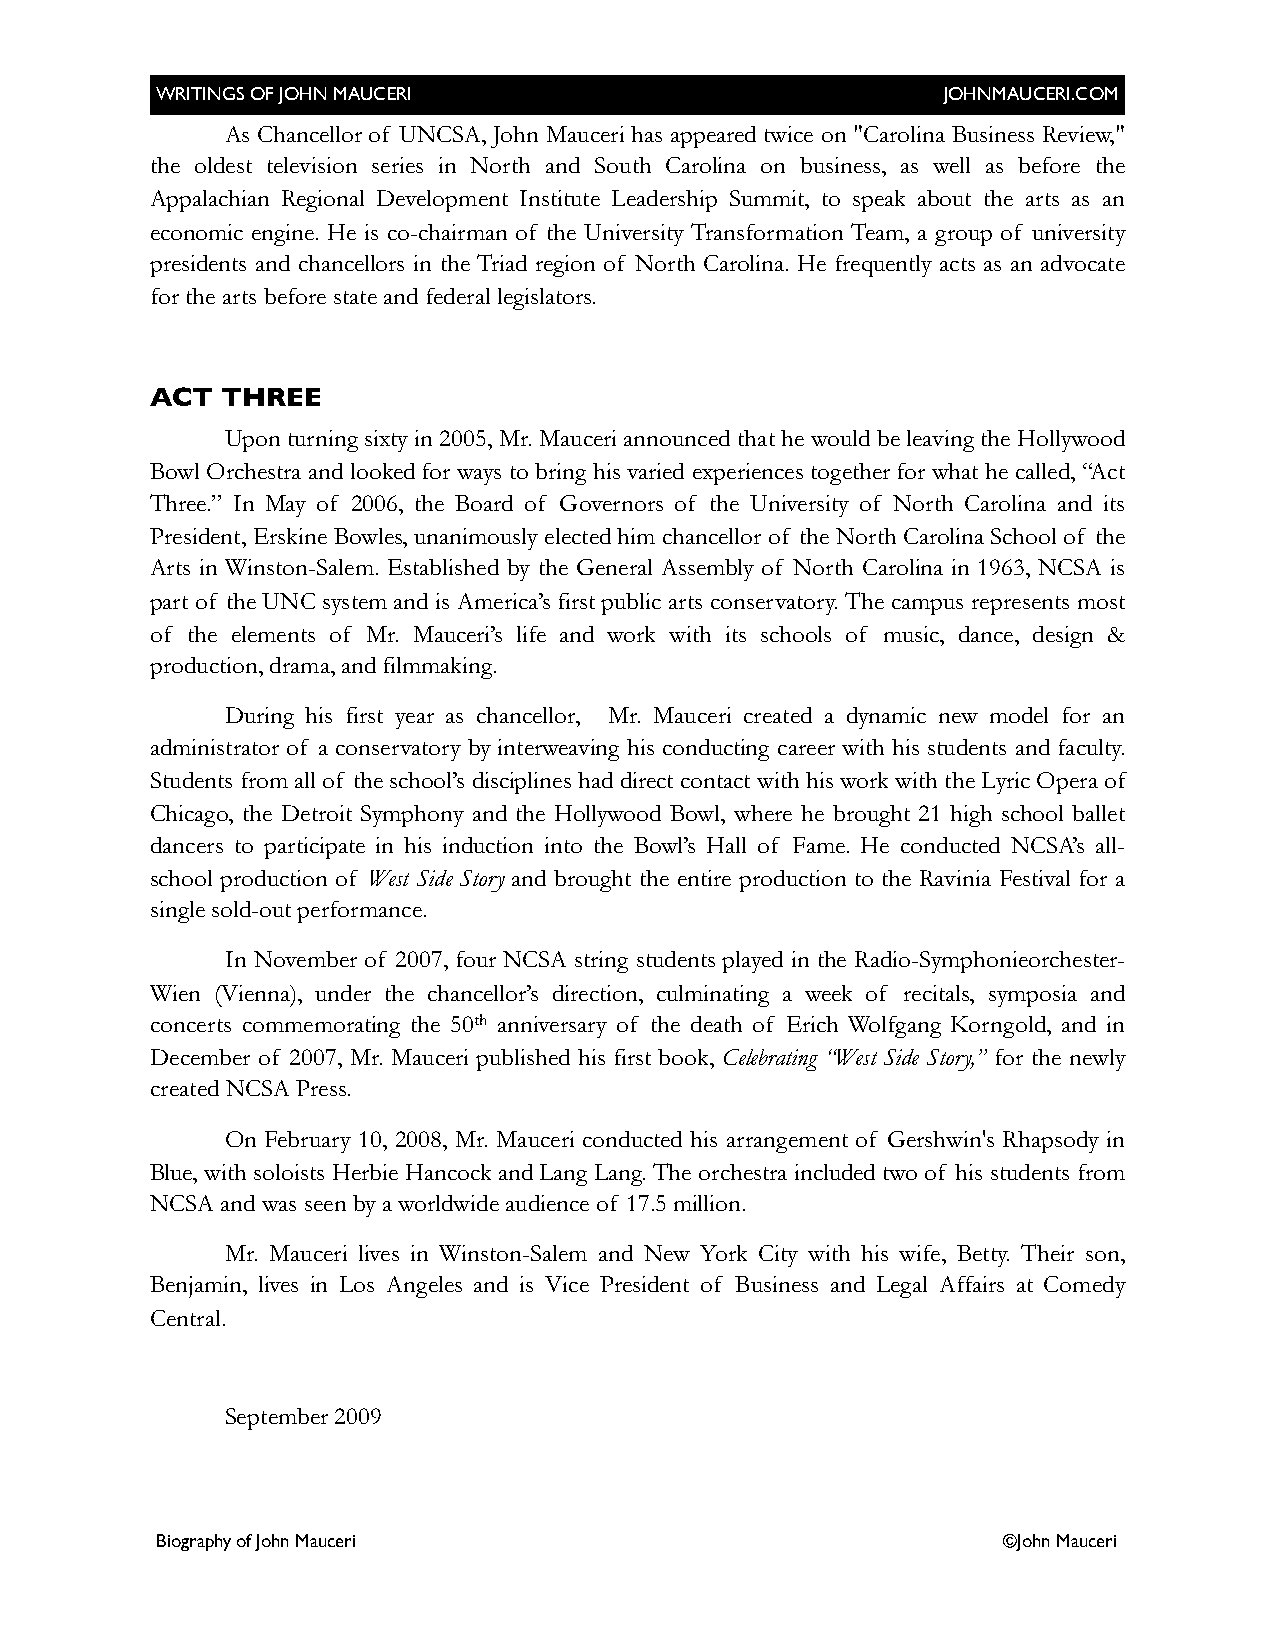
WRITINGS OF JOHN MAUCERI                             JOHNMAUCERI.COM
 As Chancellor of UNCSA, John Mauceri has appeared twice on "Carolina Business Review,"
 the oldest television series in North and South Carolina on business, as well as before the
 Appalachian Regional Development Institute Leadership Summit, to speak about the arts as an
 economic engine. He is co-chairman of the University Transformation Team, a group of university
 presidents and chancellors in the Triad region of North Carolina. He frequently acts as an advocate
 for the arts before state and federal legislators.
 ACT  THREE
 Upon turning sixty in 2005, Mr. Mauceri announced that he would be leaving the Hollywood
 Bowl Orchestra and looked for ways to bring his varied experiences together for what he called, “Act
 Three.” In May of 2006, the Board of Governors of the University of North Carolina and its
 President, Erskine Bowles, unanimously elected him chancellor of the North Carolina School of the
 Arts in Winston-Salem. Established by the General Assembly of North Carolina in 1963, NCSA is
 part of the UNC system and is America’s first public arts conservatory. The campus represents most
 of the elements of Mr. Mauceri’s life and work with its schools of music, dance, design &
 production, drama, and filmmaking.
 During his first year as chancellor, Mr. Mauceri created a dynamic new model for an
 administrator of a conservatory by interweaving his conducting career with his students and faculty.
 Students from all of the school’s disciplines had direct contact with his work with the Lyric Opera of
 Chicago, the Detroit Symphony and the Hollywood Bowl, where he brought 21 high school ballet
 dancers to participate in his induction into the Bowl’s Hall of Fame. He conducted NCSA’s all-
 school production of West Side Story and brought the entire production to the Ravinia Festival for a
 single sold-out performance.
 In November of 2007, four NCSA string students played in the Radio-Symphonieorchester-
 Wien (Vienna), under the chancellor’s direction, culminating a week of recitals, symposia and
 concerts commemorating the 50th anniversary of the death of Erich Wolfgang Korngold, and in
 December of 2007, Mr. Mauceri published his first book, Celebrating “West Side Story,” for the newly
 created NCSA Press.
 On February 10, 2008, Mr. Mauceri conducted his arrangement of Gershwin's Rhapsody in
 Blue, with soloists Herbie Hancock and Lang Lang. The orchestra included two of his students from
 NCSA and was seen by a worldwide audience of 17.5 million.
 Mr. Mauceri lives in Winston-Salem and New York City with his wife, Betty. Their son,
 Benjamin, lives in Los Angeles and is Vice President of Business and Legal Affairs at Comedy
 Central.
 September 2009
 Biography of John Mauceri                               ©John Mauceri